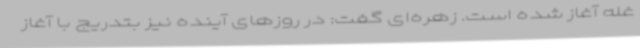
غله آغاز شده است. زهره‌ای گفت: در روزهای آینده نیز بتدریج با آغاز